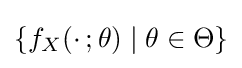
\{f_{X}(\cdot \,;\theta )\mid \theta \in \Theta \}